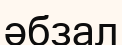
әбзал